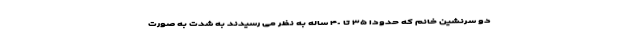
دو سرنشین خانم که حدودا ٣۵ تا ۴٠ ساله به نظر می رسیدند به شدت به صورت